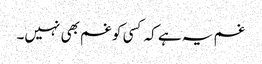
غم یہ ہے کہ کسی کو غم بھی نہیں۔